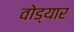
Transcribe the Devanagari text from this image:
वोड्यार